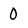
Character: 0